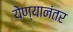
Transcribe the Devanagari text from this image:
येण्यानंतर